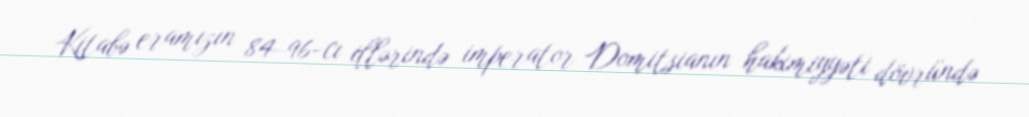
Kitabə eramızın 84–96-cı illərində imperator Domitsianın hakimiyyəti dövründə